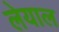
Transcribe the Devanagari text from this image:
लेयाल